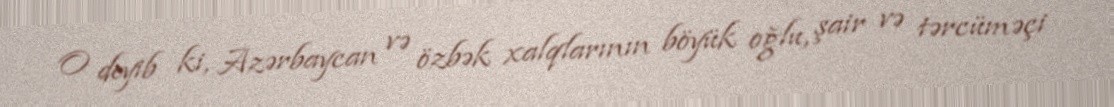
O deyib ki, Azərbaycan və özbək xalqlarının böyük oğlu, şair və tərcüməçi